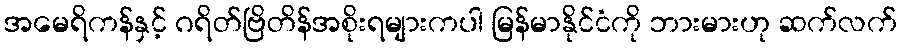
အမေရိကန်နှင့် ဂရိတ်ဗြိတိန်အစိုးရများကပါ မြန်မာနိုင်ငံကို ဘားမားဟု ဆက်လက်